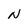
Character: N